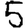
Digit: 5